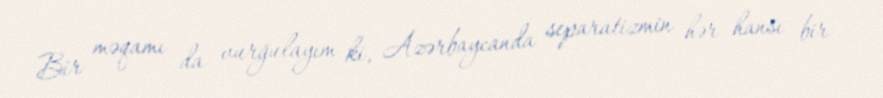
Bir məqamı da vurğulayım ki, Azərbaycanda separatizmin hər hansı bir